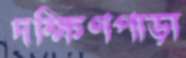
দক্ষিণপাড়া